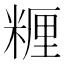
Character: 糎